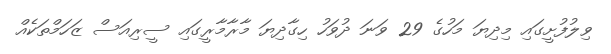
ވިލުފުށީގައި މިދިޔަ މަހުގެ 29 ވަނަ ދުވަހު ހިގާދިޔަ މާރާމާރީގައި ސީރިއަސް ޒަހަމްތަކެއް